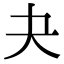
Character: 夬